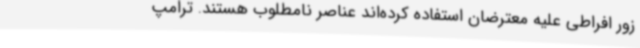
زور افراطی علیه معترضان استفاده کرده‌اند عناصر نامطلوب هستند. ترامپ